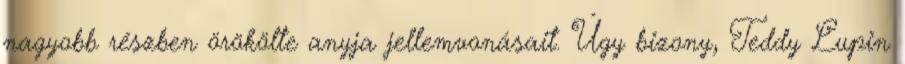
nagyobb részben örökölte anyja jellemvonásait. Úgy bizony, Teddy Lupin